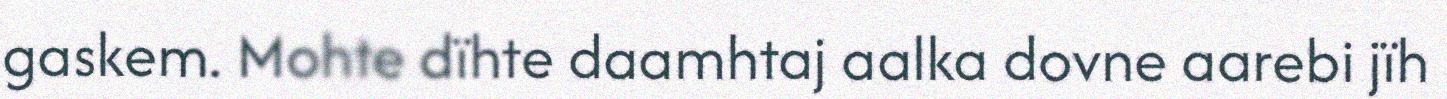
gaskem. Mohte dïhte daamhtaj aalka dovne aarebi jïh